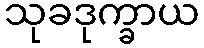
သုခဒုက္ခာယ